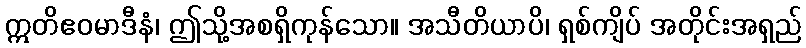
ဣတိဧဝမာဒီနံ၊ ဤသို့အစရှိကုန်သော။ အသီတိယာပိ၊ ရှစ်ကျိပ် အတိုင်းအရှည်